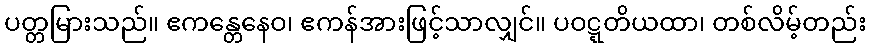
ပတ္တမြားသည်။ ဧကန္တေနေဝ၊ ဧကန်အားဖြင့်သာလျှင်။ ပဝဋ္ဋတိယထာ၊ တစ်လိမ့်တည်း